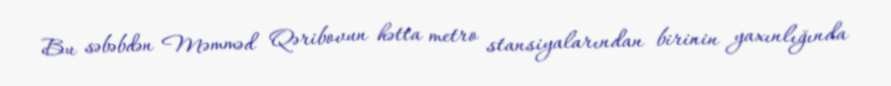
Bu səbəbdən Məmməd Qəribovun hətta metro stansiyalarından birinin yaxınlığında